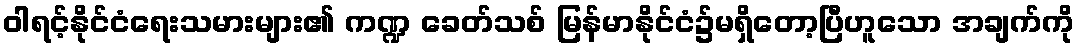
ဝါရင့်နိုင်ငံရေးသမားများ၏ ကဏ္ဍ ခေတ်သစ် မြန်မာနိုင်ငံ၌မရှိတော့ပြီဟူသော အချက်ကို